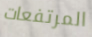
المرتفعات